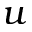
u